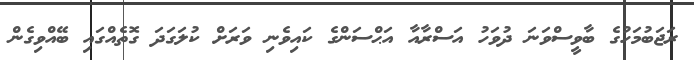
ރަޖަބުމަހުގެ ބާވީސްވަނަ ދުވަހު އަސްރާއާ އަޙްސަންގެ ކައިވެނި ވަރަށް ކުލަގަދަ ގޮތެއްގައި ބޭއްވިގެން